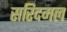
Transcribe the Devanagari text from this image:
सरिदमल